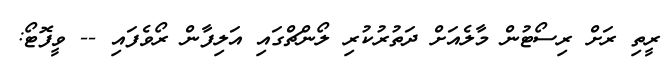
ރީތި ރަށް ރިސޯޓުން މާލެއަށް ދަތުރުކުރި ލޯންޗްގައި އަލިފާން ރޯވެފައި -- ވީފޮޓޯ: